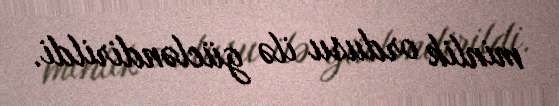
minlik ordusu ilə gücləndirildi.